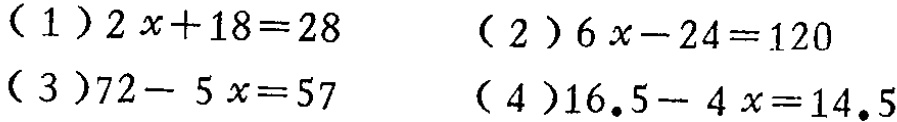
(1) \(2x + 18 = 28\)

(2) \(6x - 24 = 120\)

(3) \(72 - 5x = 57\)

(4) \(16.5 - 4x = 14.5\)